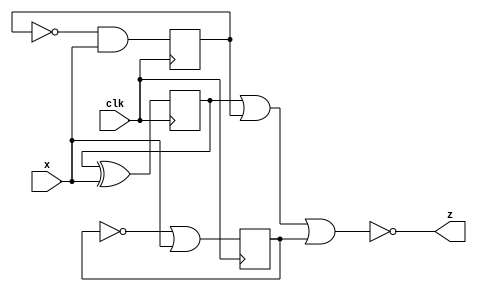
module top_module (
    input clk,
    input x,
    output z
); 

    wire q1, q2, q3;
    wire d1, d2, d3;
    assign d1 = q1 ^ x;
    assign d2 = ~q2 & x;
    assign d3 = ~q3 | x;
    assign z = ~(q1 | q2 | q3);
    always@(posedge clk) begin
        q1 <= d1;
        q2 <= d2;
        q3 <= d3;
    end
    
endmodule